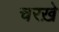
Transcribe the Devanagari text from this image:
चरख़े